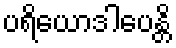
ပရိယောဒါပေန္တိ